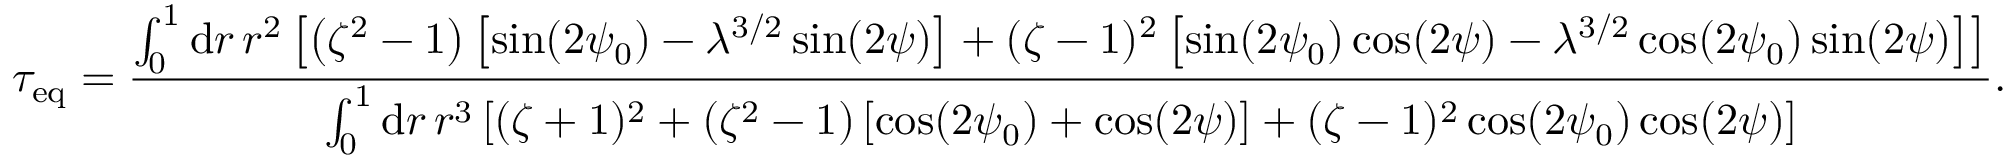
\tau _ { \mathrm { e q } } = \frac { \int _ { 0 } ^ { 1 } \mathrm { d } r \, r ^ { 2 } \left[ \left( \zeta ^ { 2 } - 1 \right) \left[ \sin ( 2 \psi _ { 0 } ) - \lambda ^ { 3 / 2 } \sin ( 2 \psi ) \right] + ( \zeta - 1 ) ^ { 2 } \left[ \sin ( 2 \psi _ { 0 } ) \cos ( 2 \psi ) - \lambda ^ { 3 / 2 } \cos ( 2 \psi _ { 0 } ) \sin ( 2 \psi ) \right] \right] } { \int _ { 0 } ^ { 1 } \mathrm { d } r \, r ^ { 3 } \left[ ( \zeta + 1 ) ^ { 2 } + \left( \zeta ^ { 2 } - 1 \right) \left[ \cos ( 2 \psi _ { 0 } ) + \cos ( 2 \psi ) \right] + ( \zeta - 1 ) ^ { 2 } \cos ( 2 \psi _ { 0 } ) \cos ( 2 \psi ) \right] } .